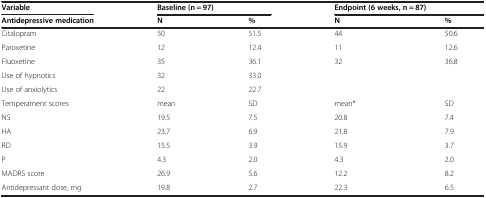
<table><thead><tr><td><b>Variable</b></td><td colspan="2"><b>Baseline (n = 97)</b></td><td colspan="2"><b>Endpoint (6 weeks, n = 87)</b></td></tr><tr><td><b>Antidepressive medication</b></td><td><b>N</b></td><td><b>%</b></td><td><b>N</b></td><td><b>%</b></td></tr></thead><tbody><tr><td>Citalopram</td><td>50</td><td>51.5</td><td>44</td><td>50.6</td></tr><tr><td>Paroxetine</td><td>12</td><td>12.4</td><td>11</td><td>12.6</td></tr><tr><td>Fluoxetine</td><td>35</td><td>36.1</td><td>32</td><td>36.8</td></tr><tr><td>Use of hypnotics</td><td>32</td><td>33.0</td><td> </td><td> </td></tr><tr><td>Use of anxiolytics</td><td>22</td><td>22.7</td><td> </td><td> </td></tr><tr><td>Temperament scores</td><td>mean</td><td>SD</td><td>mean*</td><td>SD</td></tr><tr><td>NS</td><td>19.5</td><td>7.5</td><td>20.8</td><td>7.4</td></tr><tr><td>HA</td><td>23.7</td><td>6.9</td><td>21.8</td><td>7.9</td></tr><tr><td>RD</td><td>15.5</td><td>3.9</td><td>15.9</td><td>3.7</td></tr><tr><td>P</td><td>4.3</td><td>2.0</td><td>4.3</td><td>2.0</td></tr><tr><td>MADRS score</td><td>26.9</td><td>5.6</td><td>12.2</td><td>8.2</td></tr><tr><td>Antidepressant dose, mg</td><td>19.8</td><td>2.7</td><td>22.3</td><td>6.5</td></tr></tbody></table>